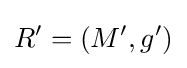
R'=(M',g')